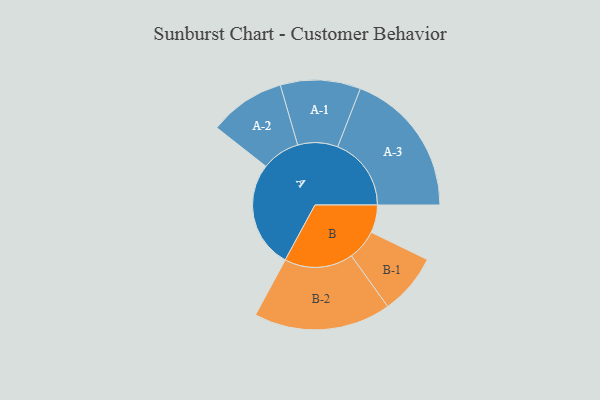
{"axis": {"x": "Segment", "y": "Value"}, "legend": ["", "A", "B"], "data": [{"x": "A", "y": 389, "type": ""}, {"x": "B", "y": 101, "type": ""}, {"x": "A-1", "y": 146, "type": "A"}, {"x": "A-2", "y": 139, "type": "A"}, {"x": "A-3", "y": 268, "type": "A"}, {"x": "B-1", "y": 111, "type": "B"}, {"x": "B-2", "y": 250, "type": "B"}]}